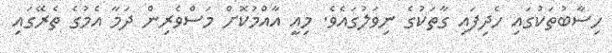
ހިސާބުތަކުގައި ހެދިފައި ގާތަކުގެ ނިވަލުގައެވެ. މިއީ އާއްމުކޮށް މަސްވެރިން ދަމާ އެމުގެ ތެރޭގައި